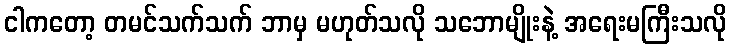
ငါကတော့ တမင်သက်သက် ဘာမှ မဟုတ်သလို သဘောမျိုးနဲ့ အရေးမကြီးသလို